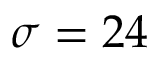
\sigma = 2 4